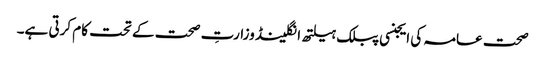
صحت عامہ کی ایجنسی پبلک ہیلتھ انگلینڈ وزارتِ صحت کے تحت کام کرتی ہے۔